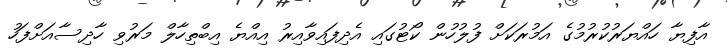
އާފިޔާ ހައްޔަރުކުރުމުގެ އަމުރަކަށް ފުލުހުން ކޯޓުގައި އެދިފައިވާއިރު އިއްޔެ އިބްތިހާލް މަރުވި ހާދިސާއަށްފަހު